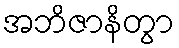
အဘိဇာနိတွာ